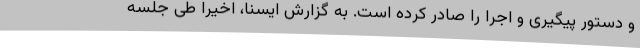
و دستور پیگیری و اجرا را صادر کرده است. به گزارش ایسنا، اخیرا طی جلسه